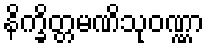
နိက္ခိတ္တမဏိသုဝဏ္ဏာ